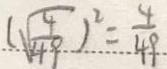
( \sqrt { \frac { 4 } { 4 9 } } ) ^ { 2 } = \frac { 4 } { 4 9 }